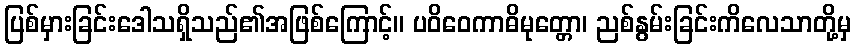
ပြစ်မှားခြင်းဒေါသရှိသည်၏အဖြစ်ကြောင့်။ ပဝိဝေကာဓိမုတ္တော၊ ညစ်နွမ်းခြင်းကိလေသာတို့မှ